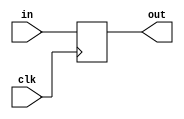
module dflipflop(clk,in,out);
input in,clk;
wire in,clk;
output out;
reg out;
always @(posedge clk)
		begin
		out <= in; 
		end
endmodule

/*module lookuptable(inp,outp);
reg look[7:0];
input[2:0] inp;
output outp;
reg outp;
wire[2:0] inp;
initial begin
look[0] = 1;look[1] = 0;look[2] = 1;look[3]=0;look[4] = 1;look[5]=0;look[6]=1;look[7]=0;
end
always @(inp)
		begin
outp <= look[inp];
end
endmodule*/

/*module mux8(select,in0,in1,in2,in3,in4,in5,in6,in7,out);
input in0,in1,in2,in3,in4,in5,in6,in7;
input [2:0]select;
wire in0,in1,in2,in3,in4,in5,in6,in7;
output out;
reg out;
always @(select or in0 or in1 or in2 or in3 or in4 or in5 or in6 or in7)
		begin
		case(select)
		0: out = in0;
		1: out = in1;
		2: out = in2;
		3: out = in3;
		4: out = in4;
		5: out = in5;
		6: out = in6;
		7: out = in7;
		endcase
		end
endmodule*/

module mult(inpu1,inpu2,outpu);
input inpu1,inpu2;
output outpu;
reg outpu;
wire inpu1,inpu2;
always @(inpu1 or inpu2)
		begin
			outpu <= inpu1 * inpu2;
		end
endmodule

module adder(i1,i2,sum);
input i1,i2;
output sum;
wire i1,i2;
reg sum;
always @(i1 or i2)
		begin 
		sum <= i1 + i2;
		end
endmodule

/*module control(in1,clk,ou);
input clk,in1;
output ou;
wire in1,clk;
wire w1,w2,w3,w4,w5,w6,w7,w8,o;
wire out;
reg ou;
reg [2:0]select;
dflipflop d1(clk,in1,w1);
dflipflop d2(clk,w1,w2);
dflipflop d3(clk,w2,w3);
dflipflop d4(clk,w3,w4);
dflipflop d5(clk,w4,w5);
dflipflop d6(clk,w5,w6);
dflipflop d7(clk,w6,w7);
dflipflop d8(clk,w7,w8);
mux8 mu1(select,w1,w2,w3,w4,w5,w6,w7,w8,out);
lookuptable l1(select,mu);
mult m(out,mu,mul);
adder a1(mul,o,o);
initial begin
select = 0;
$monitor($time," %d",out);
end
always @(*)
		begin
#1 select <= (select+1)%8;
		end
always @(*)
		begin
		ou <= o;
		end
endmodule*/

module top;

reg clk,in;
wire out;
reg b0,b1,b2,b3,b4,b5,b6,b7;
wire x0,x1,x2,x3,x4,x5,x6,x7;
wire y0,y1,y2,y3,y4,y5,y6;
wire a0,a1,a2,a3,a4,a5;
wire ans;

mult m0(in,b0,x0);
mult m1(in,b1,x1);
mult m2(in,b2,x2);
mult m3(in,b3,x3);
mult m4(in,b4,x4);
mult m5(in,b5,x5);
mult m6(in,b6,x6);
mult m7(in,b7,x7);
adder q0(y0,x1,a0);
adder q1(y1,x2,a1);
adder q2(y2,x3,a2);
adder q3(y3,x4,a3);
adder q4(y4,x5,a4);
adder q5(y5,x6,a5);
adder q6(y6,x7,ans);
dflipflop d0(clk,x0,y0);
dflipflop d1(clk,a0,y1);
dflipflop d2(clk,a1,y2);
dflipflop d3(clk,a2,y3);
dflipflop d4(clk,a3,y4);
dflipflop d5(clk,a4,y5);
dflipflop d6(clk,a5,y6);

always @(*)
		begin
#5 clk<= ~clk;
		end

initial begin
$monitor("%d",ans);
b0 = 0;b1=1;b2 = 1;b3=0;b4=1;b5=1;b6=0;b7=0;
clk = 0;
#5 in <= 1;
#10 in <= 0;
#10 in <= 1;
#10 in <= 0;
#10 in <= 1;
#10 in <= 0;
#10 in <= 1;
#10 in <= 1;
end

endmodule